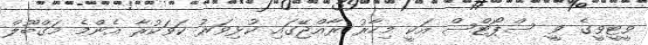
ވީޓީވީގެ ވީ ސްޕޯޓްސް އަކީ މިހާރު ރާއްޖޭގައި ކުޅިވަރު ކަވަކުރާ އެންމެ މަގްބޫލް